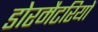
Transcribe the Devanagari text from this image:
डोरमैटरियों